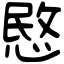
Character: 愍